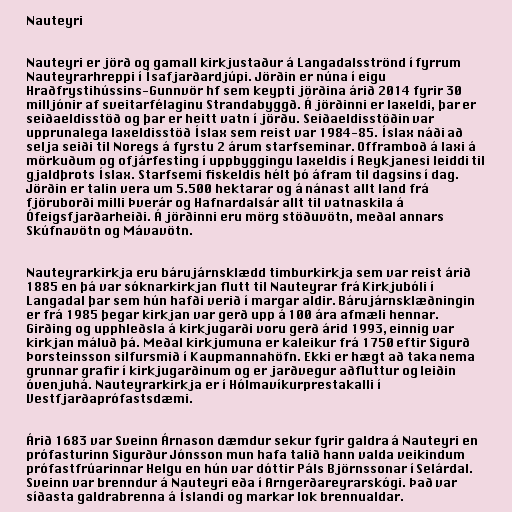
Nauteyri

Nauteyri er jörð og gamall kirkjustaður á Langadalsströnd í fyrrum
Nauteyrarhreppi í Ísafjarðardjúpi. Jörðin er núna í eigu
Hraðfrystihússins-Gunnvör hf sem keypti jörðina árið 2014 fyrir 30
milljónir af sveitarfélaginu Strandabyggð. Á jörðinni er laxeldi, þar er
seiðaeldisstöð og þar er heitt vatn í jörðu. Seiðaeldisstöðin var
upprunalega laxeldisstöð Íslax sem reist var 1984-85. Íslax náði að
selja seiði til Noregs á fyrstu 2 árum starfseminar. Offramboð á laxi á
mörkuðum og ofjárfesting í uppbyggingu laxeldis í Reykjanesi leiddi til
gjaldþrots Íslax. Starfsemi fiskeldis hélt þó áfram til dagsins í dag.
Jörðin er talin vera um 5.500 hektarar og á nánast allt land frá
fjöruborði milli Þverár og Hafnardalsár allt til vatnaskila á
Ófeigsfjarðarheiði. Á jörðinni eru mörg stöðuvötn, meðal annars
Skúfnavötn og Mávavötn.

Nauteyrarkirkja eru bárujárnsklædd timburkirkja sem var reist árið
1885 en þá var sóknarkirkjan flutt til Nauteyrar frá Kirkjubóli í
Langadal þar sem hún hafði verið í margar aldir. Bárujárnsklæðningin
er frá 1985 þegar kirkjan var gerð upp á 100 ára afmæli hennar.
Girðing og upphleðsla á kirkjugarði voru gerð árid 1993, einnig var
kirkjan máluð þá. Meðal kirkjumuna er kaleikur frá 1750 eftir Sigurð
Þorsteinsson silfursmið í Kaupmannahöfn. Ekki er hægt að taka nema
grunnar grafir í kirkjugarðinum og er jarðvegur aðfluttur og leiðin
óvenjuhá. Nauteyrarkirkja er í Hólmavíkurprestakalli í
Vestfjarðaprófastsdæmi.

Árið 1683 var Sveinn Árnason dæmdur sekur fyrir galdra á Nauteyri en
prófasturinn Sigurður Jónsson mun hafa talið hann valda veikindum
prófastfrúarinnar Helgu en hún var dóttir Páls Björnssonar í Selárdal.
Sveinn var brenndur á Nauteyri eða í Arngerðareyrarskógi. Það var
síðasta galdrabrenna á Íslandi og markar lok brennualdar.